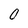
Character: 0